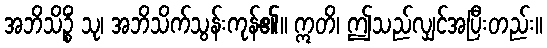
အဘိသိဉ္စိံ သု၊ အဘိသိက်သွန်းကုန်၏။ ဣတိ၊ ဤသည်လျှင်အပြီးတည်း။